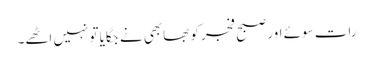
رات سوئے اور صبح فجر کو بھابھی نے جگایا تو نہیں اٹھے۔